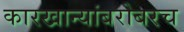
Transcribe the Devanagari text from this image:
कारखान्यांबरोबरच